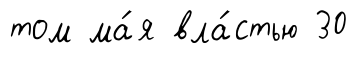
том ма́я вла́стью 30